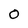
Character: 0